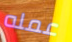
عمله